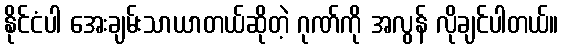
နိုင်ငံပါ အေးချမ်းသာယာတယ်ဆိုတဲ့ ဂုဏ်ကို အလွန် လိုချင်ပါတယ်။